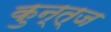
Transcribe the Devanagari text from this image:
कुन्त्ज